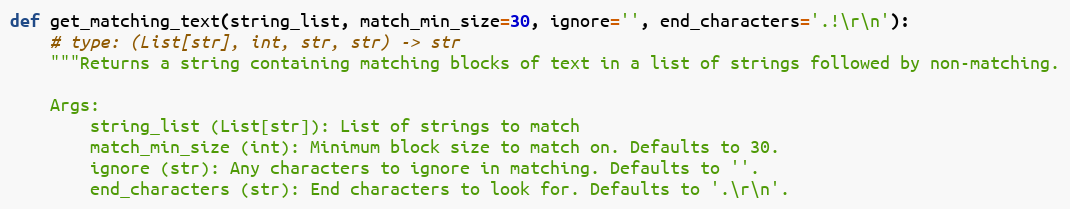
Language: Python
def get_matching_text(string_list, match_min_size=30, ignore='', end_characters='.!\r\n'):
    # type: (List[str], int, str, str) -> str
    """Returns a string containing matching blocks of text in a list of strings followed by non-matching.

    Args:
        string_list (List[str]): List of strings to match
        match_min_size (int): Minimum block size to match on. Defaults to 30.
        ignore (str): Any characters to ignore in matching. Defaults to ''.
        end_characters (str): End characters to look for. Defaults to '.\r\n'.